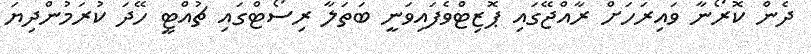
ދެން ކޮރޯނާ ވައިރަހަށް ރާއްޖޭގައި ޕޮޒިޓްވެފައިވަނީ ބަތަލާ ރިސޯޓްގައި ޗުއްޓީ ހޭދަ ކުރަމުންދިޔަ